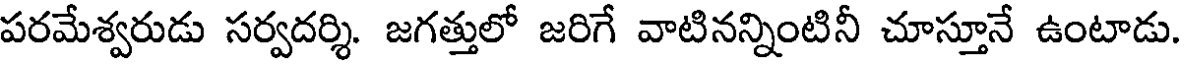
పరమేశ్వరుడు సర్వదర్శి. జగత్తులో జరిగే వాటినన్నింటినీ చూస్తూనే ఉంటాడు